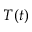
T ( t )